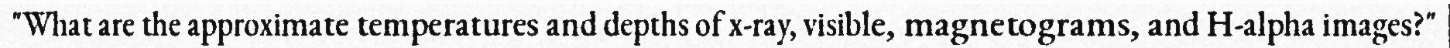
"What are the approximate temperatures and depths of x-ray, visible, magnetograms, and H-alpha images?"